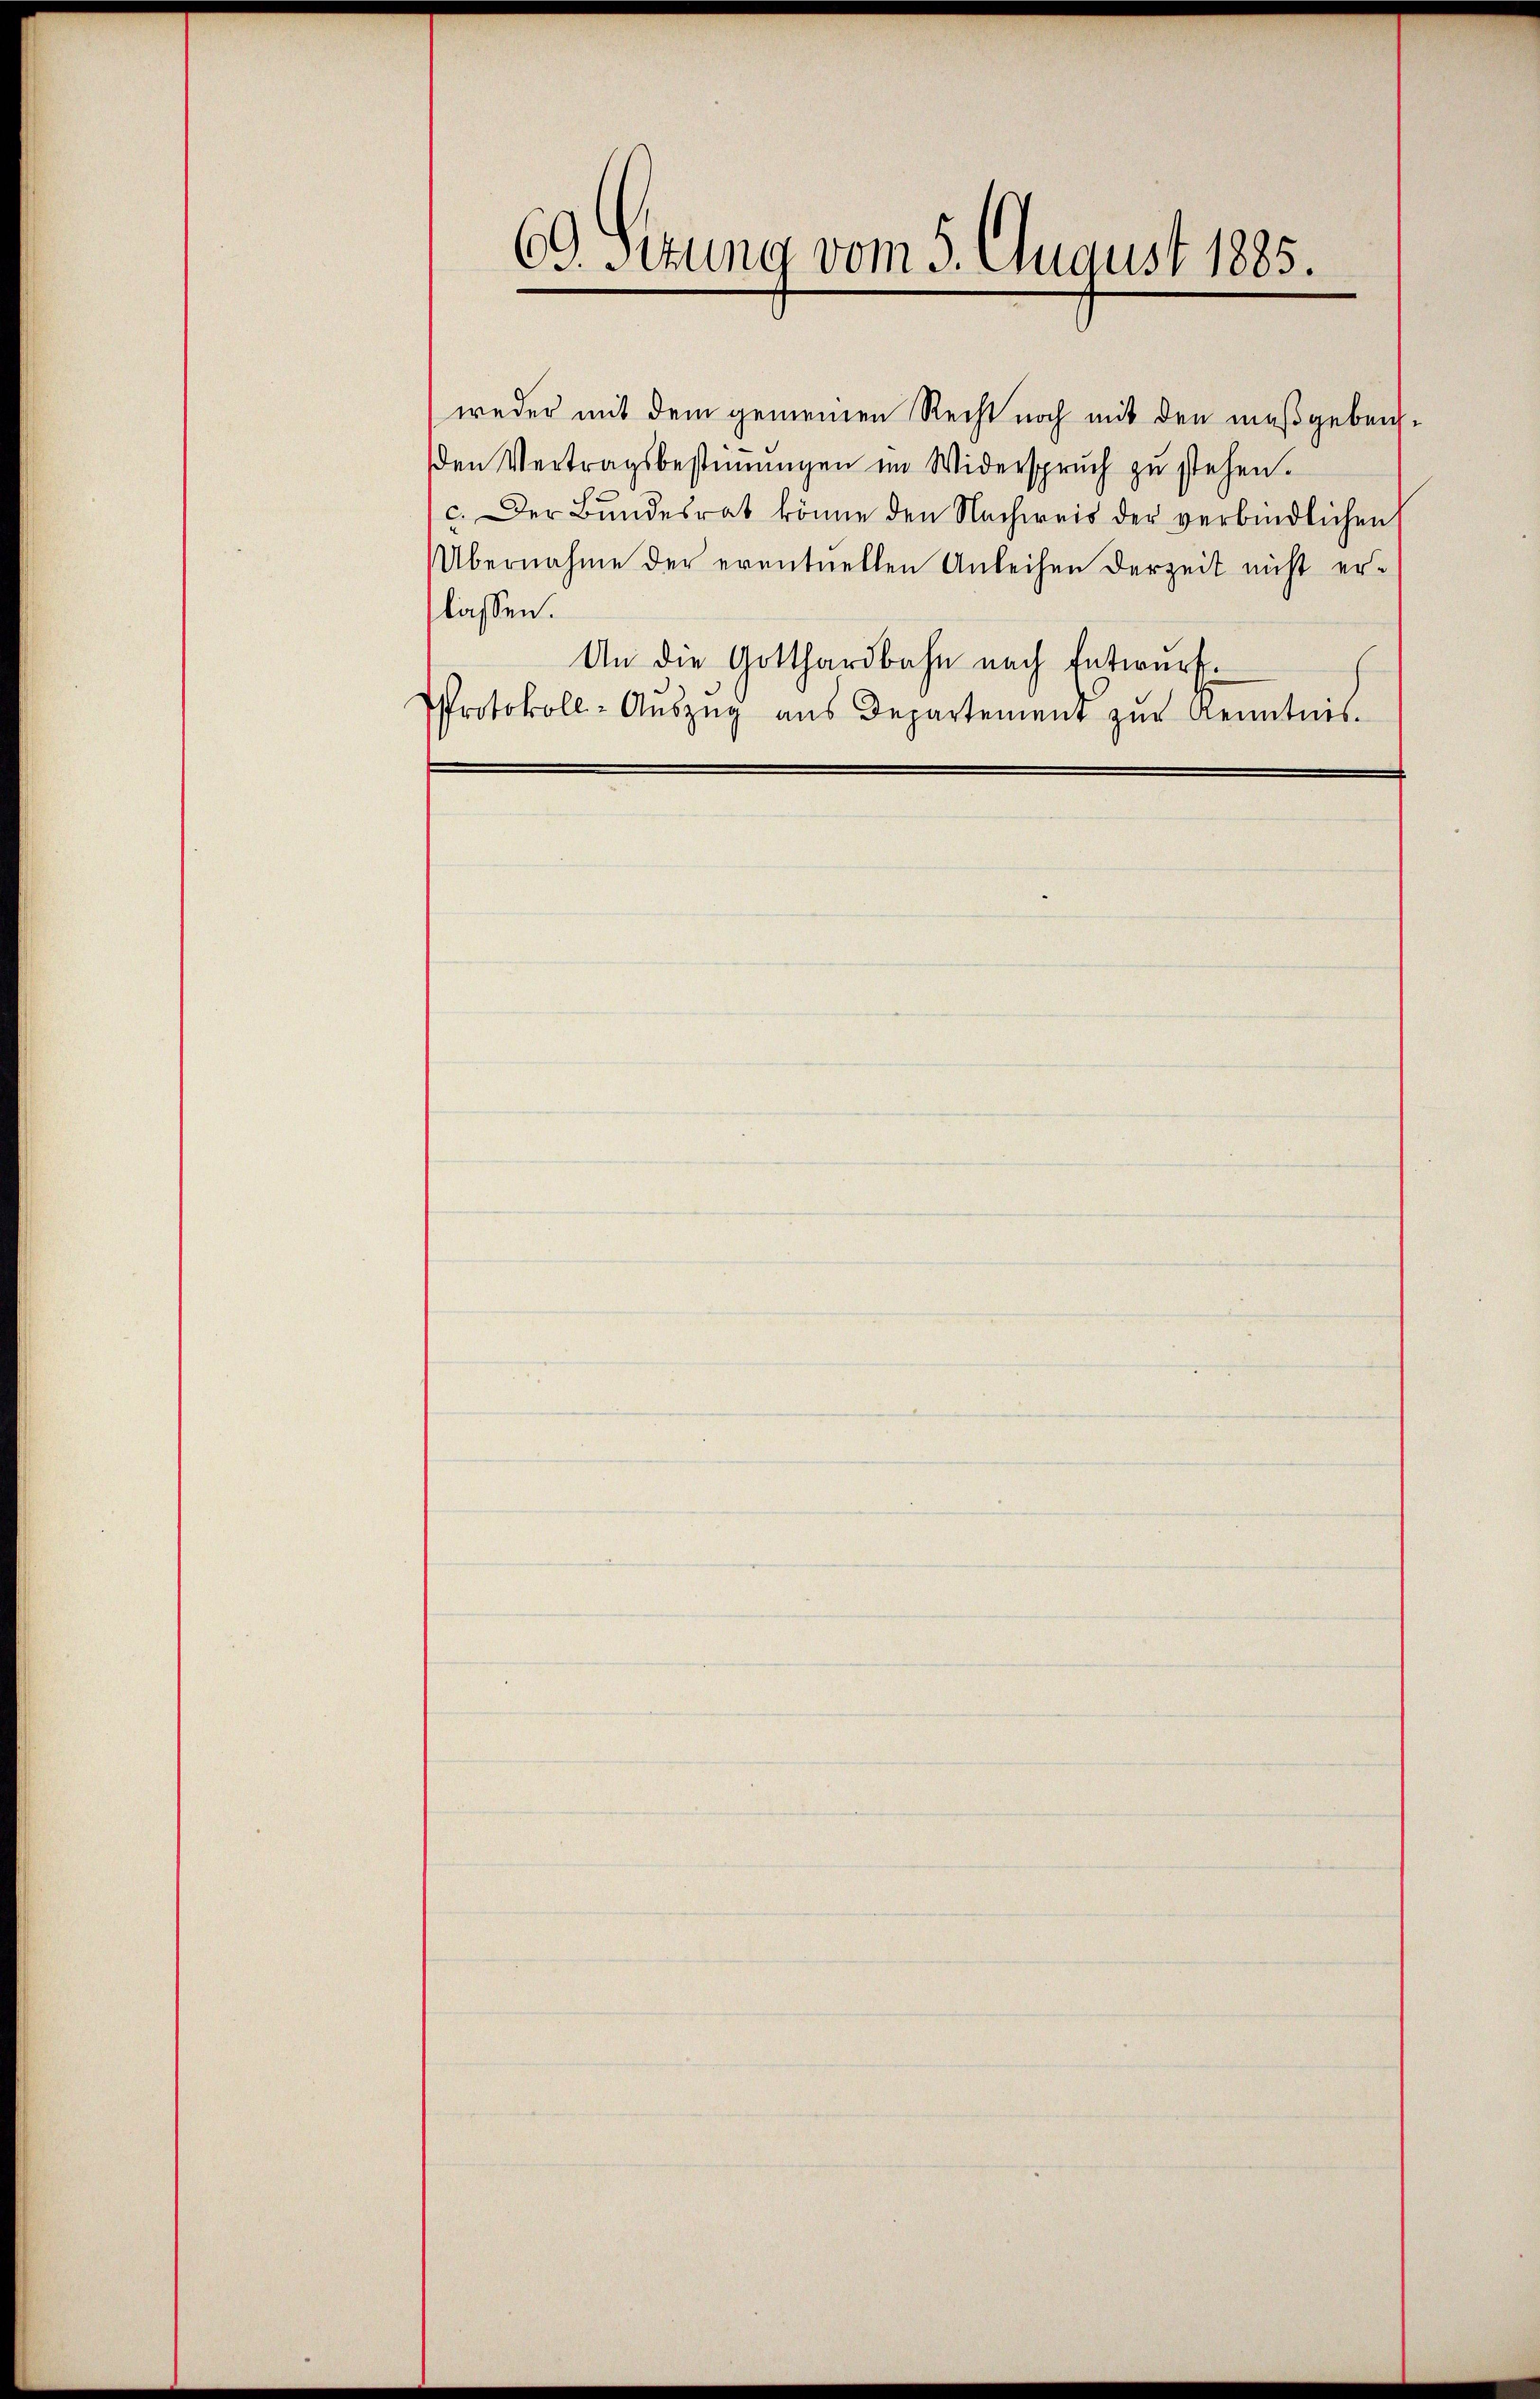
69. Situng vom 5. August 1885.

weder mit dem gemeinen Recht noch mit den mußgebenden Vertragsbestiṁŭngen im Widerspruch zŭ stehen.
c. Der Bŭndesrat könne den Nachweis der verbindlichen
Übernahme der eventuellen Anleihen derzeit nicht erlassen.
An die Gotthardbahn nach Entwurf.
Protokoll-Aŭszŭg aŭs Departement zŭr Kenntnis.